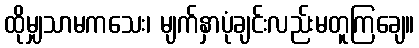
ထိုမျှသာမကသေး၊ မျက်နှာပုံချင်းလည်းမတူကြချေ။